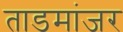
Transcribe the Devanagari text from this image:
ताडमांजर